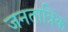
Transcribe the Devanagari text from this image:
जनतात्रिक